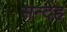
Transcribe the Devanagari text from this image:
सन्‍देह